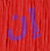
إن